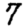
Digit: 7